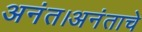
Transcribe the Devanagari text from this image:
अनंत।अनंताचे